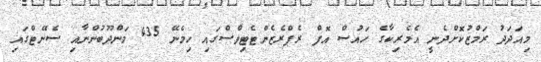
މިއަދަދު ރަމްޒުކޮށްދެނީ އެމެރިކާގެ ހައުސް އޮފް ރެޕްރެޒެންޓެޓިވްސްގައި ހިމެނޭ 435 މަންދޫބުންނާއި ސެނޭޓްގައި